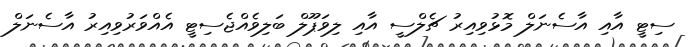
ސިޓީ އާއި އާސެނަލް މޮޅުވިއިރު ޗެލްސީ އާއި ލިވަޕޫލް ބަލިވެއްޖެސިޓީ އެއްވަރުވިއިރު އާސެނަލް